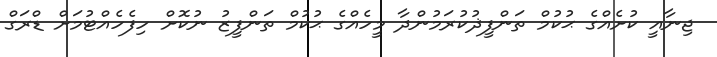
ޖިނާއީ ކުށެއްގެ ޙުކުމް ތަންފީޛުކުރަމުންދާ މީހެއްގެ ޙުކުމް ތަންފީޒު ނުކޮށް ހިފެހެއްޓުމަށް ޑްރަގް